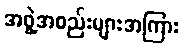
အဖွဲ့အစည်းများအကြား